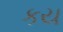
કય